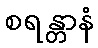
စရန္တာနံ